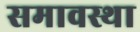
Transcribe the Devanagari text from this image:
समावस्था